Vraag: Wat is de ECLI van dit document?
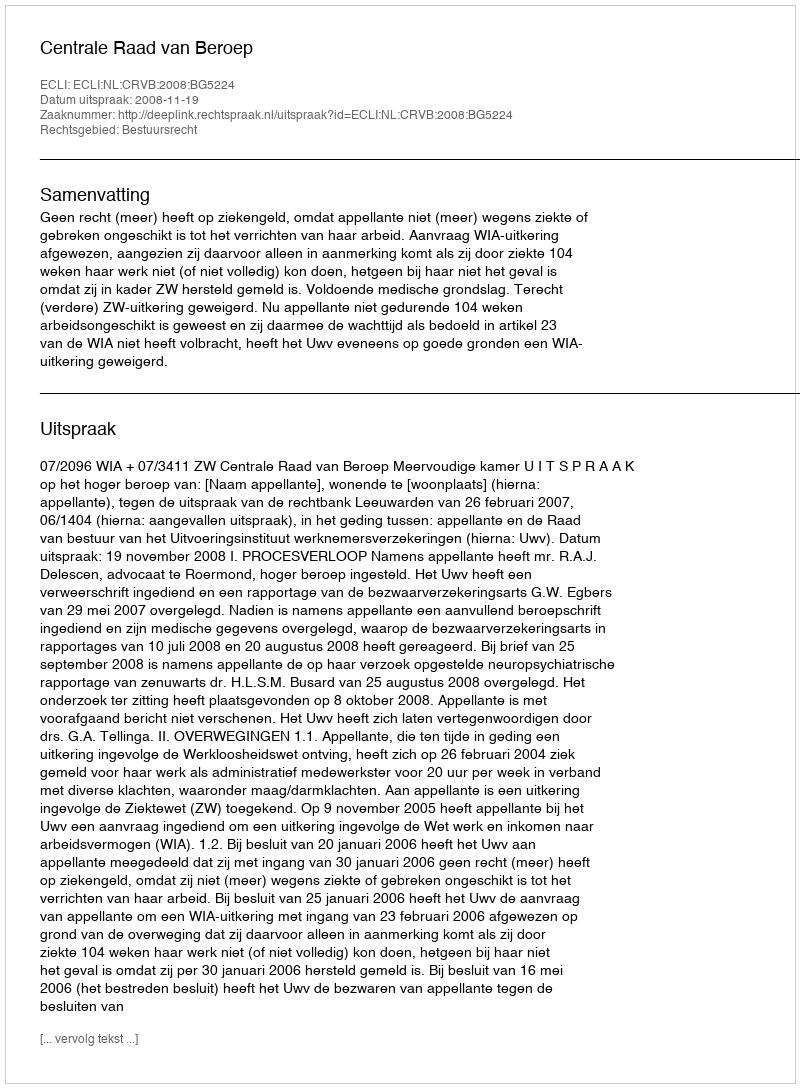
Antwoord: ECLI:NL:CRVB:2008:BG5224